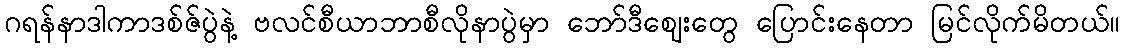
ဂရန်နာဒါကာဒစ်ဇ်ပွဲနဲ့ ဗလင်စီယာဘာစီလိုနာပွဲမှာ ဘော်ဒီဈေးတွေ ပြောင်းနေတာ မြင်လိုက်မိတယ်။